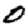
Digit: 0